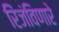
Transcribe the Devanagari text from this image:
रिंजंविणारे